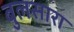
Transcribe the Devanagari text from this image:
बुलसारा